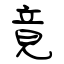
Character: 竟